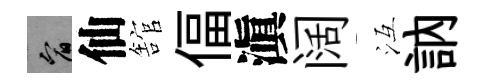
宥仙舘偪滇阔冱訥